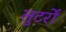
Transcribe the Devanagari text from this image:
लुटर्रों